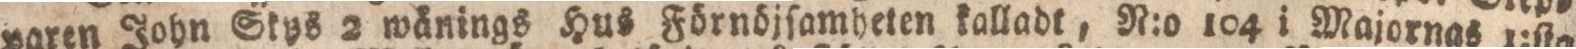
varen John Skys 2 wänings Hus Förnöjſamheten kalladt, N:o 104 i Majornas 1:ſta